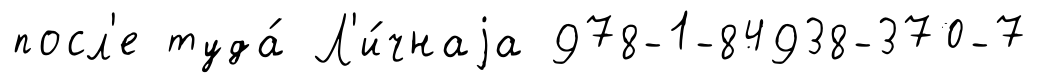
посл'е туда́ Л'и́чнаjа 978-1-84938-370-7